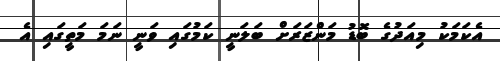
އެކަމަކު މިއަދުގެ ބޮޑު މަންޒަރަށް ބަލަނީ ކަމުގައި ވަނީ ނަމަ މަތީގައި އެ